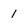
Character: 1